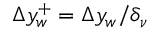
\Delta y _ { w } ^ { + } = \Delta y _ { w } / \delta _ { \nu }